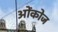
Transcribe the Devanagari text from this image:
ओंकोज